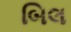
બિલ